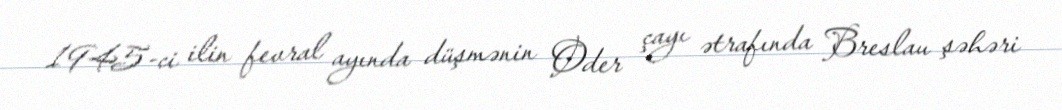
1945-ci ilin fevral ayında düşmənin Oder çayı ətrafında Breslau şəhəri